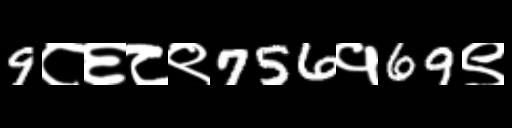
Text: 9८६८९756१69९